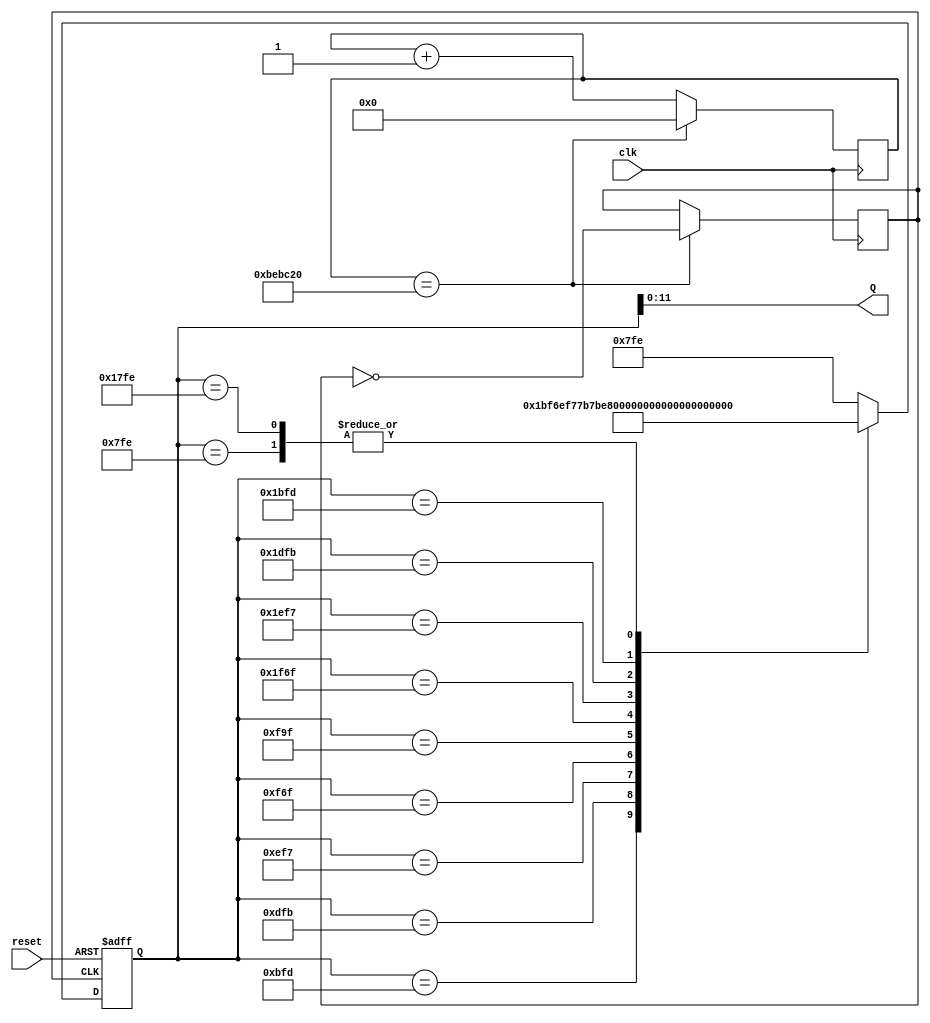
module marquee_class(
reset,
clk,
Q
);

input reset, clk;
output [11:0] Q;

reg [26:0] cnt;
reg clk1 = 1'b0;

reg [12:0] marquee ;

	always @(posedge clk)
	begin
		cnt <= cnt + 1;
		if (cnt == 12500000)
		begin
			cnt <= 0;
			clk1 <= ~clk1;
		end
	end

	always @(posedge clk1, negedge reset)
	begin
	if (reset == 0)
		marquee <= 13'b0011111111110;
	else
		case (marquee)
		13'b0011111111110:   //msb = 0
		marquee <=       13'b0101111111101;
		13'b0101111111101:  
		marquee <=       13'b0110111111011;

		13'b0110111111011:  
		marquee <=       13'b0111011110111;
		13'b0111011110111:  
		marquee <=       13'b0111101101111;

		13'b0111101101111:  
		marquee <=       13'b0111110011111;
		13'b0111110011111:  
		marquee <=       13'b1111101101111;

		13'b1111101101111:   //msb = 1
		marquee <=       13'b1111011110111;
		13'b1111011110111:  
		marquee <=       13'b1110111111011;

		13'b1110111111011:  
		marquee <=       13'b1101111111101;
		13'b1101111111101:  
		marquee <=       13'b1011111111110;

		13'b1011111111110:  
		marquee <=       13'b0101111111101;
		default:
			marquee <= 13'b0011111111110;
	endcase

	end  //  begin always


	assign Q = marquee[11:0];

endmodule